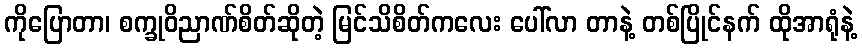
ကိုပြောတာ၊ စက္ခုဝိညာဏ်စိတ်ဆိုတဲ့ မြင်သိစိတ်ကလေး ပေါ်လာ တာနဲ့ တစ်ပြိုင်နက် ထိုအာရုံနဲ့